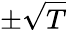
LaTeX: \pm\sqrt{T}